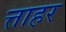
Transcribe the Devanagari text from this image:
त्ताहर